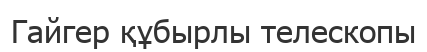
Гайгер құбырлы телескопы